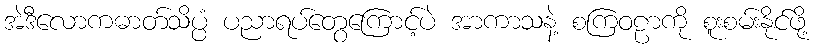
အဲဒီလောကဓာတ်သိပ္ပံ ပညာရပ်တွေကြောင့်ပဲ အာကာသနဲ့ စကြဝဠာကို စူးစမ်းနိုင်ဖို့